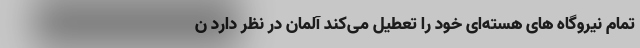
تمام نیروگاه‌ های هسته‌ای خود را تعطیل می‌کند آلمان در نظر دارد ن